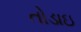
તોડાઇ